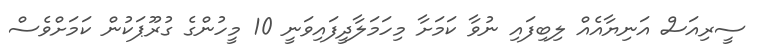
ސީރިއަސް އަނިޔާއެއް ލިބިފައި ނުވާ ކަމަށާ މިހަމަލާދީފައިވަނީ 10 މީހުންގެ ގުރޫޕަކުން ކަމަށްވެސް